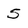
Character: 5